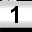
Digit: 1